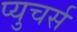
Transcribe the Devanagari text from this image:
प्युचर्स